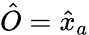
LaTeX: \hat{O}=\hat{x}_{a}